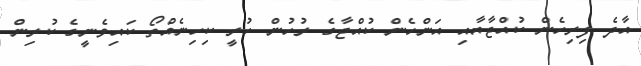
އާދެ ފިރިހެން ކުއްޖާއާއި އަންހެން ކުއްޖާގެ ރުހުން ހުރީ ކިހިނެއްތޯ ކައިވެނީގެ ކުރިން